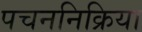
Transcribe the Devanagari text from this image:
पचननिक्रिया